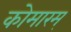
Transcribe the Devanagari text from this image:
कोमारम्